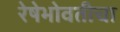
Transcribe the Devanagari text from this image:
रेषेभोवतीचा